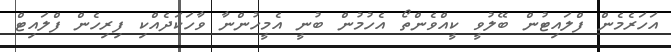
އަހަރެމެން ފްލައިޓުން ބޭލުވީ ކީއްވެންތޯ އެހުމުން ބުނީ އެމީހުންނާ ވާހަކަދެއްކި ފިރިހެން ފްލައިޓް